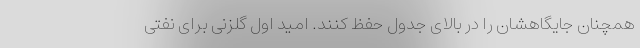
همچنان جایگاهشان را در بالای جدول حفظ کنند. امید اول گلزنی برای نفتی